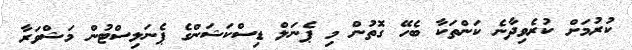
ކުރުމަށް ކުރެވިދާނެ ކަންތަކާ ބެހޭ ގޮތުން މި ޕެނަލް ޑިސްކަޝަންގެ ޕެނަލިސްޓުން މަޝްވަރާ